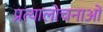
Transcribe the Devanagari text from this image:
प्रत्यालोचनाओं